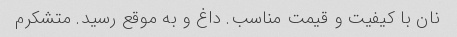
نان با کیفیت و قیمت مناسب. داغ و به موقع رسید. متشکرم